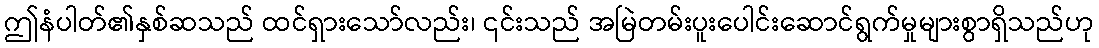
ဤနံပါတ်၏နှစ်ဆသည် ထင်ရှားသော်လည်း၊ ၎င်းသည် အမြဲတမ်းပူးပေါင်းဆောင်ရွက်မှုများစွာရှိသည်ဟု